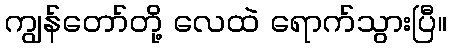
ကျွန်တော်တို့ လေထဲ ရောက်သွားပြီ။